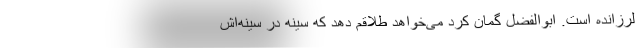
لرزانده است. ابوالفضل گمان کرد می‌خواهد طلاقم دهد که سینه در سینه‌اش